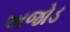
અજોડ